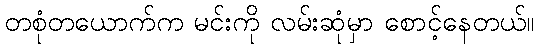
တစုံတယောက်က မင်းကို လမ်းဆုံမှာ စောင့်နေတယ်။